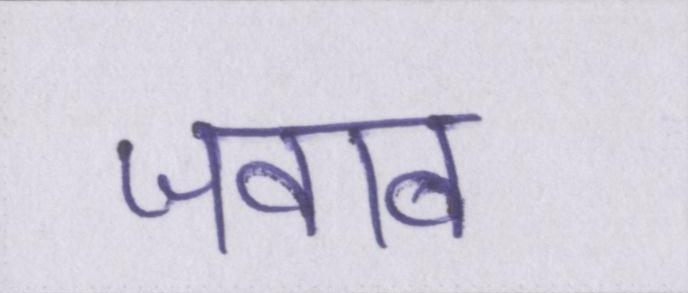
जवाब